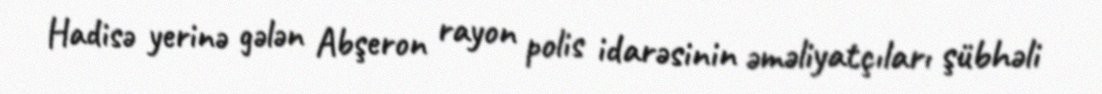
Hadisə yerinə gələn Abşeron rayon polis idarəsinin əməliyatçıları şübhəli